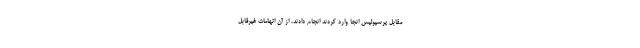
مقابل پرسپولیس انجا وارد کردند انجام دادند، از آن اتهامات غیرقابل